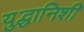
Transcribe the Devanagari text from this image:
युद्धानिशी